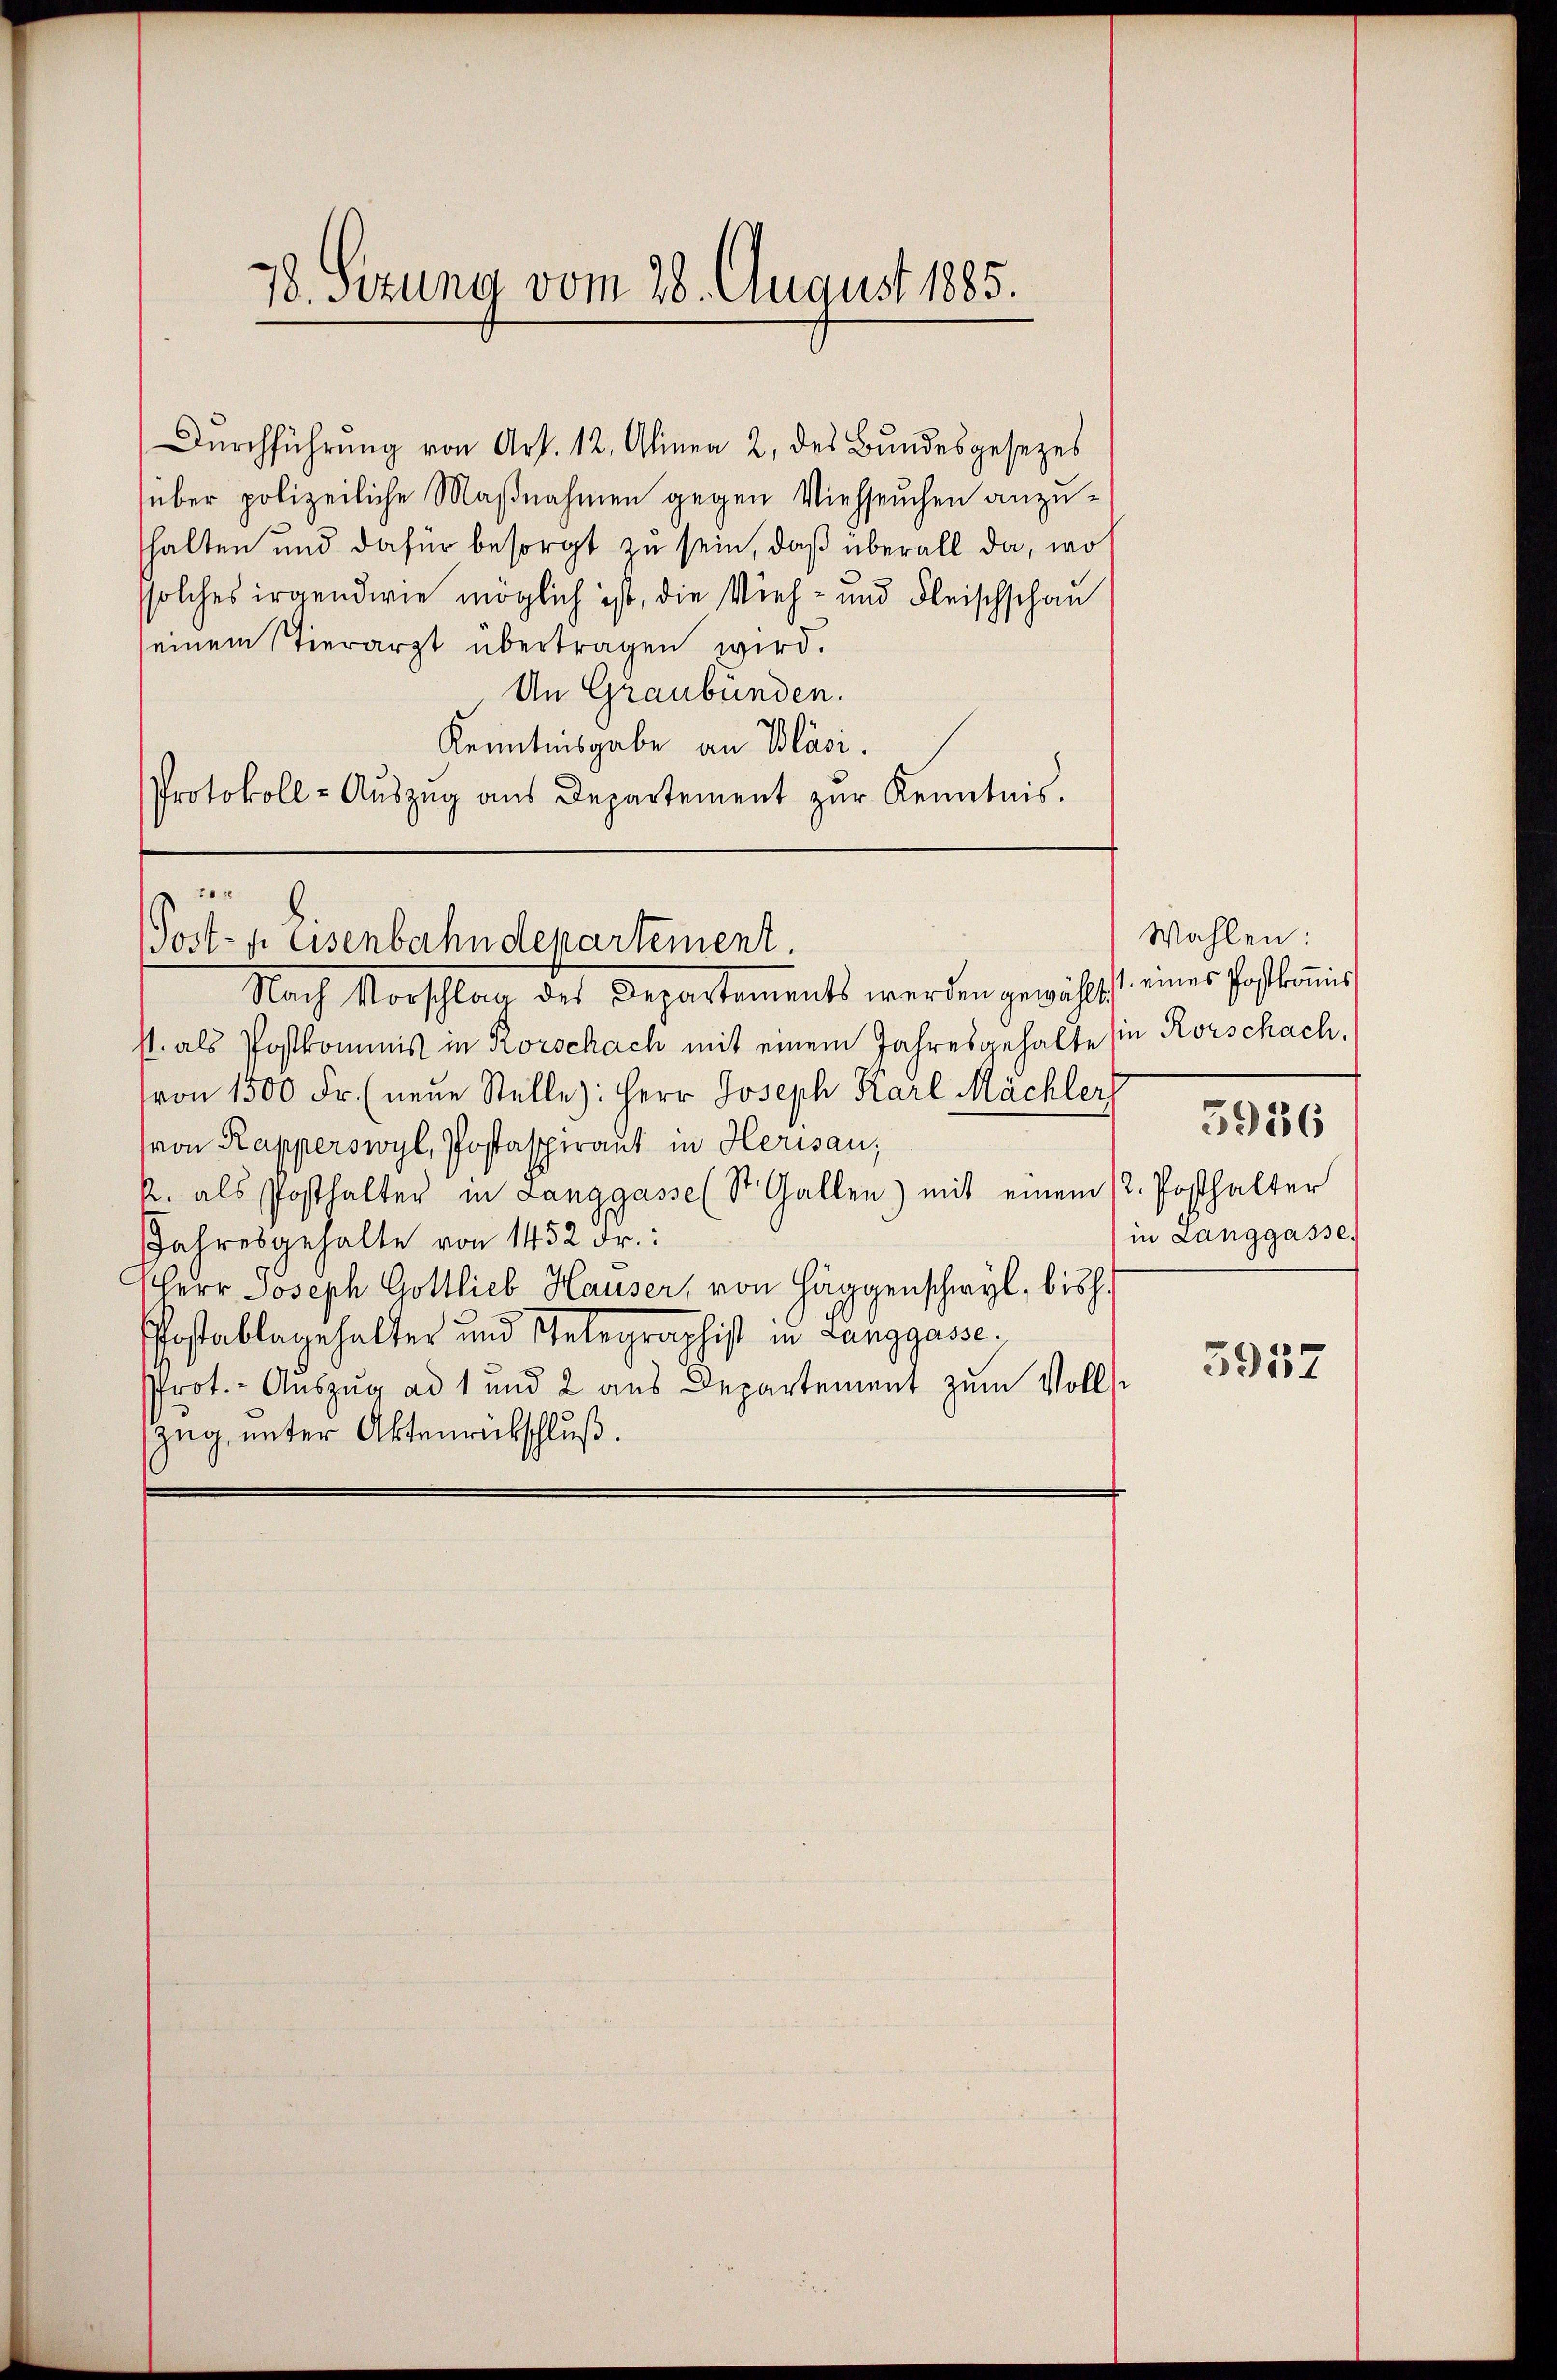
Durchführung von Art. 12. Alinea 2. des Bundesgesezes
über polizeiliche Maßnahmen gegen Viehseuchen anzuhalten und dafür besorgt zu sein, daß überall da, wo
solches irgendwie möglich ist, die Vieh- und Fleischschau
seinem Stierarzt übertragen wird.
An Graubünden.
Kenntnisgabe an Bläsi.
Protokoll- Aŭszŭg aŭs Departement zŭr Kenntnis.
Nach Vorschlag des Departements werden gewählt.
st. als Postkommnis in Rorschach mit einem Jahresgehalte sie Rorschach.
(von 1500 Fr. (neue Stelle): Herr Joseph Karl Mächler,
(von Rapperswyl, Postaspiraut in Herisau;
R. als Posthalter in Langgasse (St. Gallen) mit einem 12. Posthalter
Jahresgehalte von 1452 Fr.:
Herr Joseph Gottlieb Hauser, von Häggenschwyl, bish
Postablagehalter und Gelegraphist in Langgasse.
Prot. - Auszug ad 1 und 2 aus Departement zum Volls
zug, unter Aktenrückschluß.

78. Setzung vom 28. August 1885.

2
Post- u. Eisenbahndepartement.

Wahlen:
1. eines Postkomis
in Langgasse.

5936

3957